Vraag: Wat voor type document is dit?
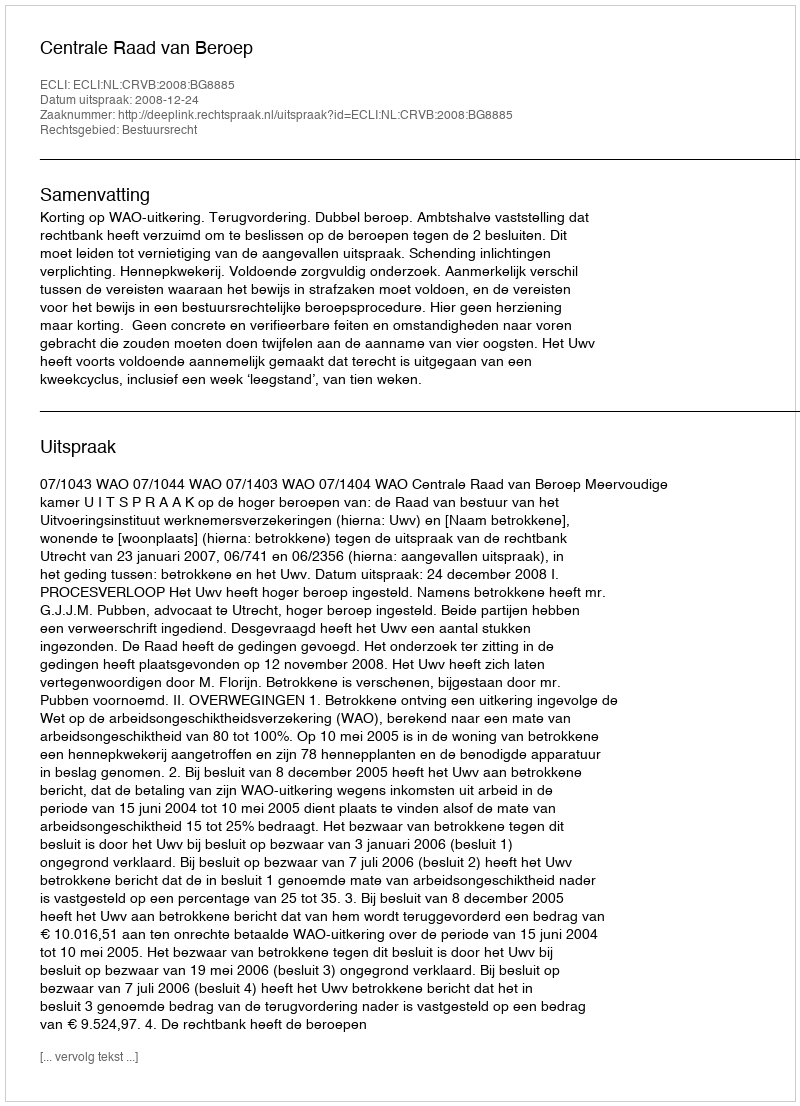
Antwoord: Uitspraak